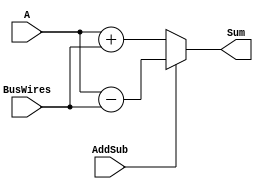
//Name: AddSub
//Function: 
//	 	AddSub = 0 Add
//      AddSub = 1 Sub

module addsub(AddSub, A, BusWires, Sum);
input AddSub;
input[15:0] A, BusWires;
output[15:0] Sum;
reg[15:0] Sum;

always@(AddSub or A or BusWires)
begin
	if(!AddSub)
	Sum = A + BusWires;
	else
	Sum = A - BusWires;
end

endmodule